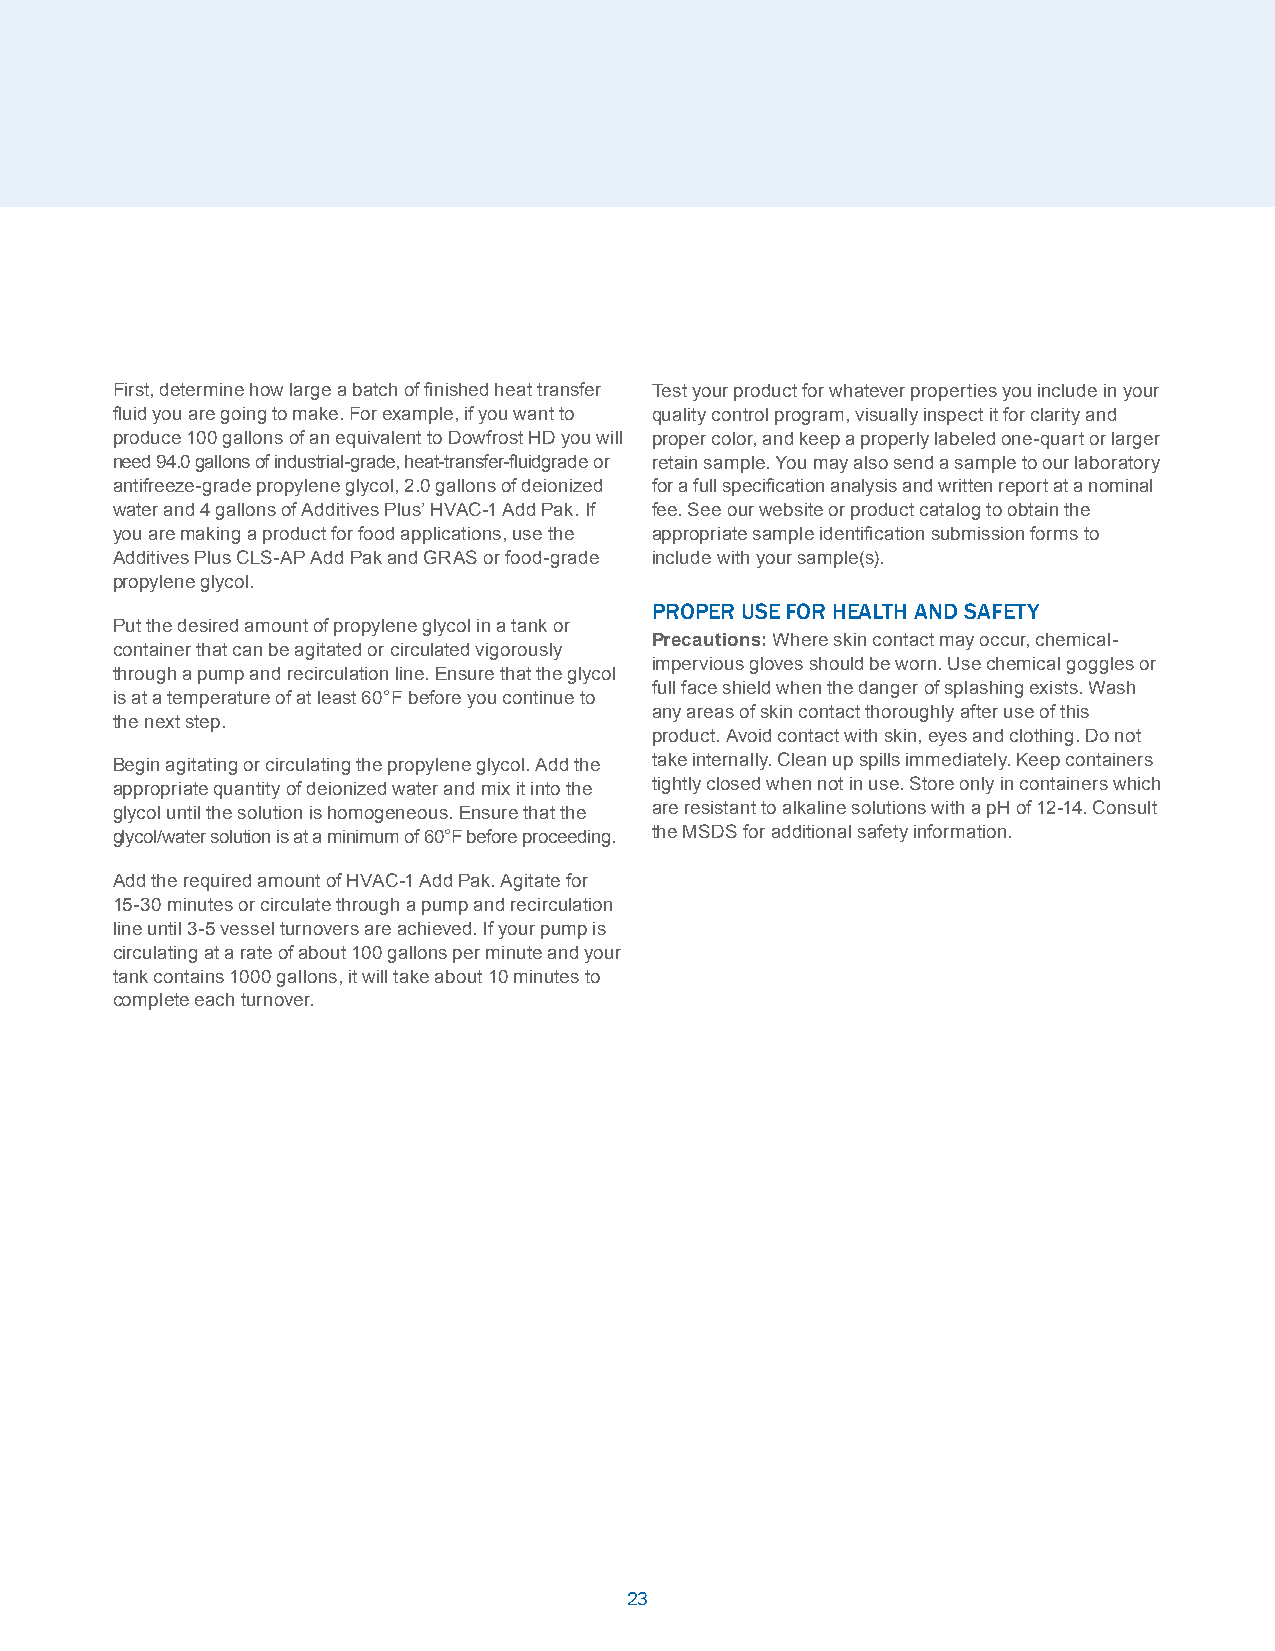
First, determine how large a batch of finished heat transfer Test your product for whatever properties you include in your
 fluid you are going to make. For example, if you want to quality control program, visually inspect it for clarity and
 produce 100 gallons of an equivalent to Dowfrost HD you will proper color, and keep a properly labeled one-quart or larger
 need 94.0 gallons of industrial-grade, heat-transfer-fluidgrade or retain sample. You may also send a sample to our laboratory
 antifreeze-grade propylene glycol, 2.0 gallons of deionized for a full specification analysis and written report at a nominal
 water and 4 gallons of Additives Plus’ HVAC-1 Add Pak. If fee. See our website or product catalog to obtain the
 you are making a product for food applications, use the appropriate sample identification submission forms to
 Additives Plus CLS-AP Add Pak and GRAS or food-grade include with your sample(s).
 propylene glycol.
 ProPer uSe for health and Safety
 Put the desired amount of propylene glycol in a tank or
 Precautions: Where skin contact may occur, chemical-
 container that can be agitated or circulated vigorously
 impervious gloves should be worn. Use chemical goggles or
 through a pump and recirculation line. Ensure that the glycol
 full face shield when the danger of splashing exists. Wash
 is at a temperature of at least 60°F before you continue to
 any areas of skin contact thoroughly after use of this
 the next step.
 product. Avoid contact with skin, eyes and clothing. Do not
 Begin agitating or circulating the propylene glycol. Add the take internally. Clean up spills immediately. Keep containers
 appropriate quantity of deionized water and mix it into the tightly closed when not in use. Store only in containers which
 glycol until the solution is homogeneous. Ensure that the are resistant to alkaline solutions with a pH of 12-14. Consult
 glycol/water solution is at a minimum of 60°F before proceeding. the MSDS for additional safety information.
 Add the required amount of HVAC-1 Add Pak. Agitate for
 15-30 minutes or circulate through a pump and recirculation
 line until 3-5 vessel turnovers are achieved. If your pump is
 circulating at a rate of about 100 gallons per minute and your
 tank contains 1000 gallons, it will take about 10 minutes to
 complete each turnover.
 2233